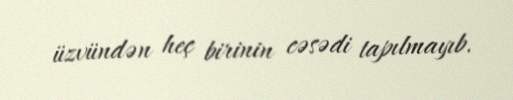
üzvündən heç birinin cəsədi tapılmayıb.